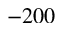
- 2 0 0